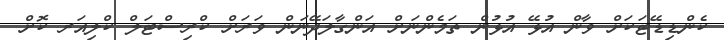
ކެންޑިޑޭޓަކަށް ވާން އުޅޭ އުޅުން ތަމެންނަށް އަންގާލަދޭނަން ވަރަށް ކްރިސްޓަލް ކްލިއަރ ކޮށް